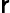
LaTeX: \mathsf{r}